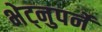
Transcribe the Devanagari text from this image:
भेट्नुपर्ने